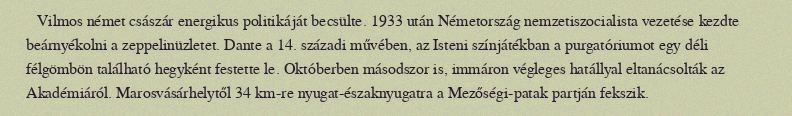
Vilmos német császár energikus politikáját becsülte. 1933 után Németország nemzetiszocialista vezetése kezdte beárnyékolni a zeppelinüzletet. Dante a 14. századi művében, az Isteni színjátékban a purgatóriumot egy déli félgömbön található hegyként festette le. Októberben másodszor is, immáron végleges hatállyal eltanácsolták az Akadémiáról. Marosvásárhelytől 34 km-re nyugat-északnyugatra a Mezőségi-patak partján fekszik.